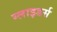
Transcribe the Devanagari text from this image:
ग्लाइडर्स